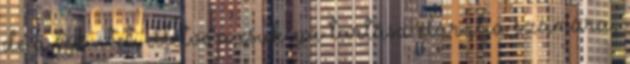
de a tekintet, illetve a csuklya tartása elárulja számára,